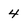
Character: 4